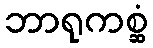
ဘာရုကစ္ဆံ